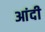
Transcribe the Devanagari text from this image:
आंदी